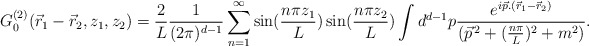
\begin{align*}G_{0}^{(2)}(\vec{r}_{1}-\vec{r}_{2},z_{1},z_{2})=\frac{2}{L}\frac{1}{(2\pi)^{d-1}}\sum_{n=1}^{\infty}\sin(\frac{n\pi z_{1}}{L})\sin(\frac{n\pi z_{2}}{L})\int d^{d-1}p\frac{e^{i\vec{p}.(\vec{r}_{1}-\vec{r}_{2})}}{(\vec{p}^{\,2}+(\frac{n\pi}{L})^{2}+m^{2})}.\end{align*}